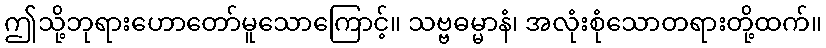
ဤသို့ဘုရားဟောတော်မူသောကြောင့်။ သဗ္ဗဓမ္မာနံ၊ အလုံးစုံသောတရားတို့ထက်။